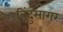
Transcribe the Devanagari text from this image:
बिंदुसागर